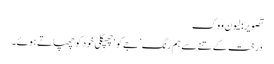
تصویر: لیون ووک
درخت کے تنے سے ہم رنگ ’جےکو‘ چھپکلی خود کو چھپاتے ہوئے۔